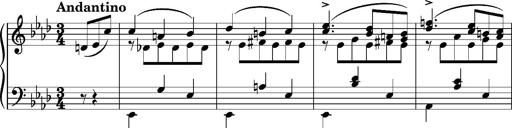
Title: KlavierstÃ¼ck in As-dur No.2 (S.189a/1)
Composer: Franz Liszt
Key: A